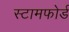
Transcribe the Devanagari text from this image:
स्टामफोर्ड